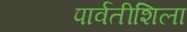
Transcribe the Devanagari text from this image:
पार्वतीशिला